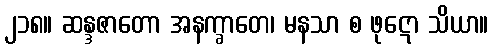
၂၁၈။ ဆန္ဒဇာတော အနက္ခာတေ၊ မနသာ စ ဖုဋော သိယာ။